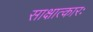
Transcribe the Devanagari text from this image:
साक्षात्कारः